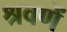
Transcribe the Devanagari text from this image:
श्रवणें